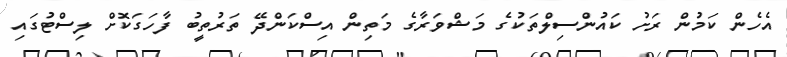
އެެހެން ކަމުން ރަށު ކައުންސިލްތަކުގެ މަޝްވަރާގެ މަތިން އިސްކަންދޭ ތަރުތީބު ފާހަގަކޮށް ލިސްޓުގައި